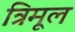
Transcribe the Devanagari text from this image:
त्रिमूल